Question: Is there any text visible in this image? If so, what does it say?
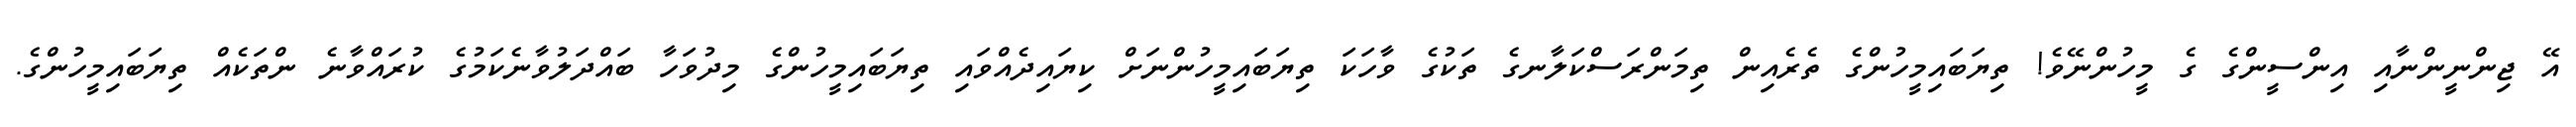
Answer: އޭ ޖިންނީންނާއި އިންސީންގެ ގެ މީހުންނޭވެ! ތިޔަބައިމީހުންގެ ތެރެއިން ތިމަންރަސްކަލާނގެ ތަކުގެ ވާހަކަ ތިޔަބައިމީހުންނަށް ކިޔައިދެއްވައި ތިޔަބައިމީހުންގެ މިދުވަހާ ބައްދަލުވާނެކަމުގެ ކުރައްވާނެ ންތަކެއް ތިޔަބައިމީހުންގެ.